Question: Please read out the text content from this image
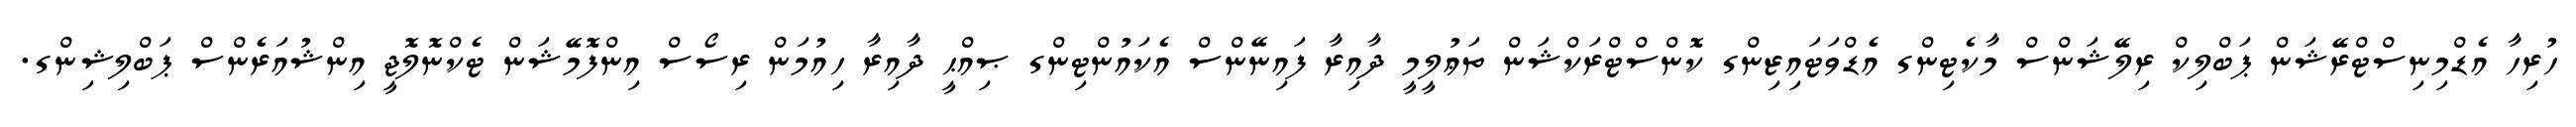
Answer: ހުރިހާ އެޑްމިނިސްޓްރޭޝަން ޕަބްލިކް ރިލޭޝަންސް މާކެޓިންގ އެޑްވަޓައިޒިންގ ކޮންސްޓްރަކްޝަން ތަޢުލީމީ ދާއިރާ ފައިނޭންސް އެކައުންޓިންގ ޞިއްޙީ ދާއިރާ ހިއުމަން ރިސޯސް އިންފޮމޭޝަން ޓެކްނޮލޮޖީ އިންޝުއަރެންސް ޕަބްލިޝިންގ.